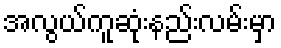
အလွယ်ကူဆုံးနည်းလမ်းမှာ